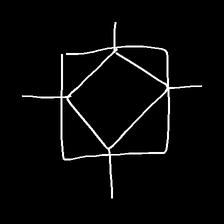
Glyph: light